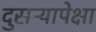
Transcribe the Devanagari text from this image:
दुसऱ्यापेक्षा